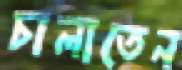
চালাতেন